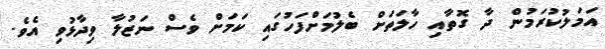
އަމަލުކުރަމުން ދާ ގޮތާއި ހާލަތަށް ބެލުމަށްފަހުގައި ކަމަށް ވެސް ނަޒުލާ ވިދާޅުވި އެވެ.